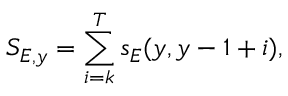
S _ { E , y } = \sum _ { i = k } ^ { T } s _ { E } ( y , y - 1 + i ) ,